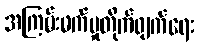
အကြမ်းဖက်မှုတိုက်ဖျက်ရေး